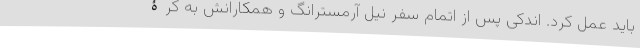
باید عمل کرد. اندکی پس از اتمام سفر نیل آرمسترانگ و همکارانش به کرۀ